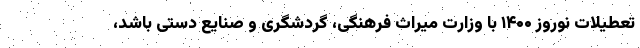
تعطیلات نوروز ۱۴۰۰ با وزارت میراث فرهنگی، گردشگری و صنایع دستی باشد،